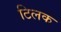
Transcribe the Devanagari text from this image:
टिलक